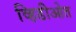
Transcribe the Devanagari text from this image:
व्हिडीओत